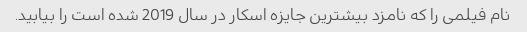
نام فیلمی را که نامزد بیشترین جایزه اسکار در سال 2019 شده است را بیابید.